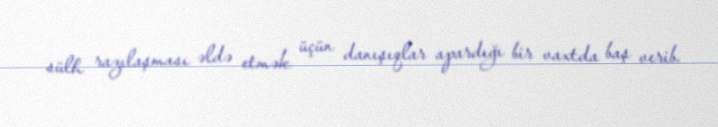
sülh razılaşması əldə etmək üçün danışıqlar apardığı bir vaxtda baş verib.